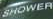
SHOWER